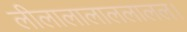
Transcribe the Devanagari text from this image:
लीलालालाललालल।